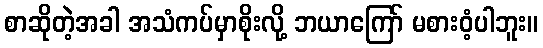
စာဆိုတဲ့အခါ အသံကပ်မှာစိုးလို့ ဘယာကြော် မစားဝံ့ပါဘူး။